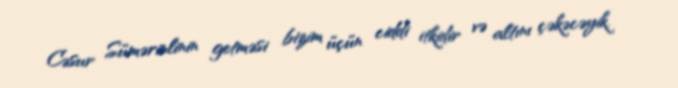
Cəsur Sümərinlinin getməsi bizim üçün ciddi itkidir və altını çəkəcəyik.